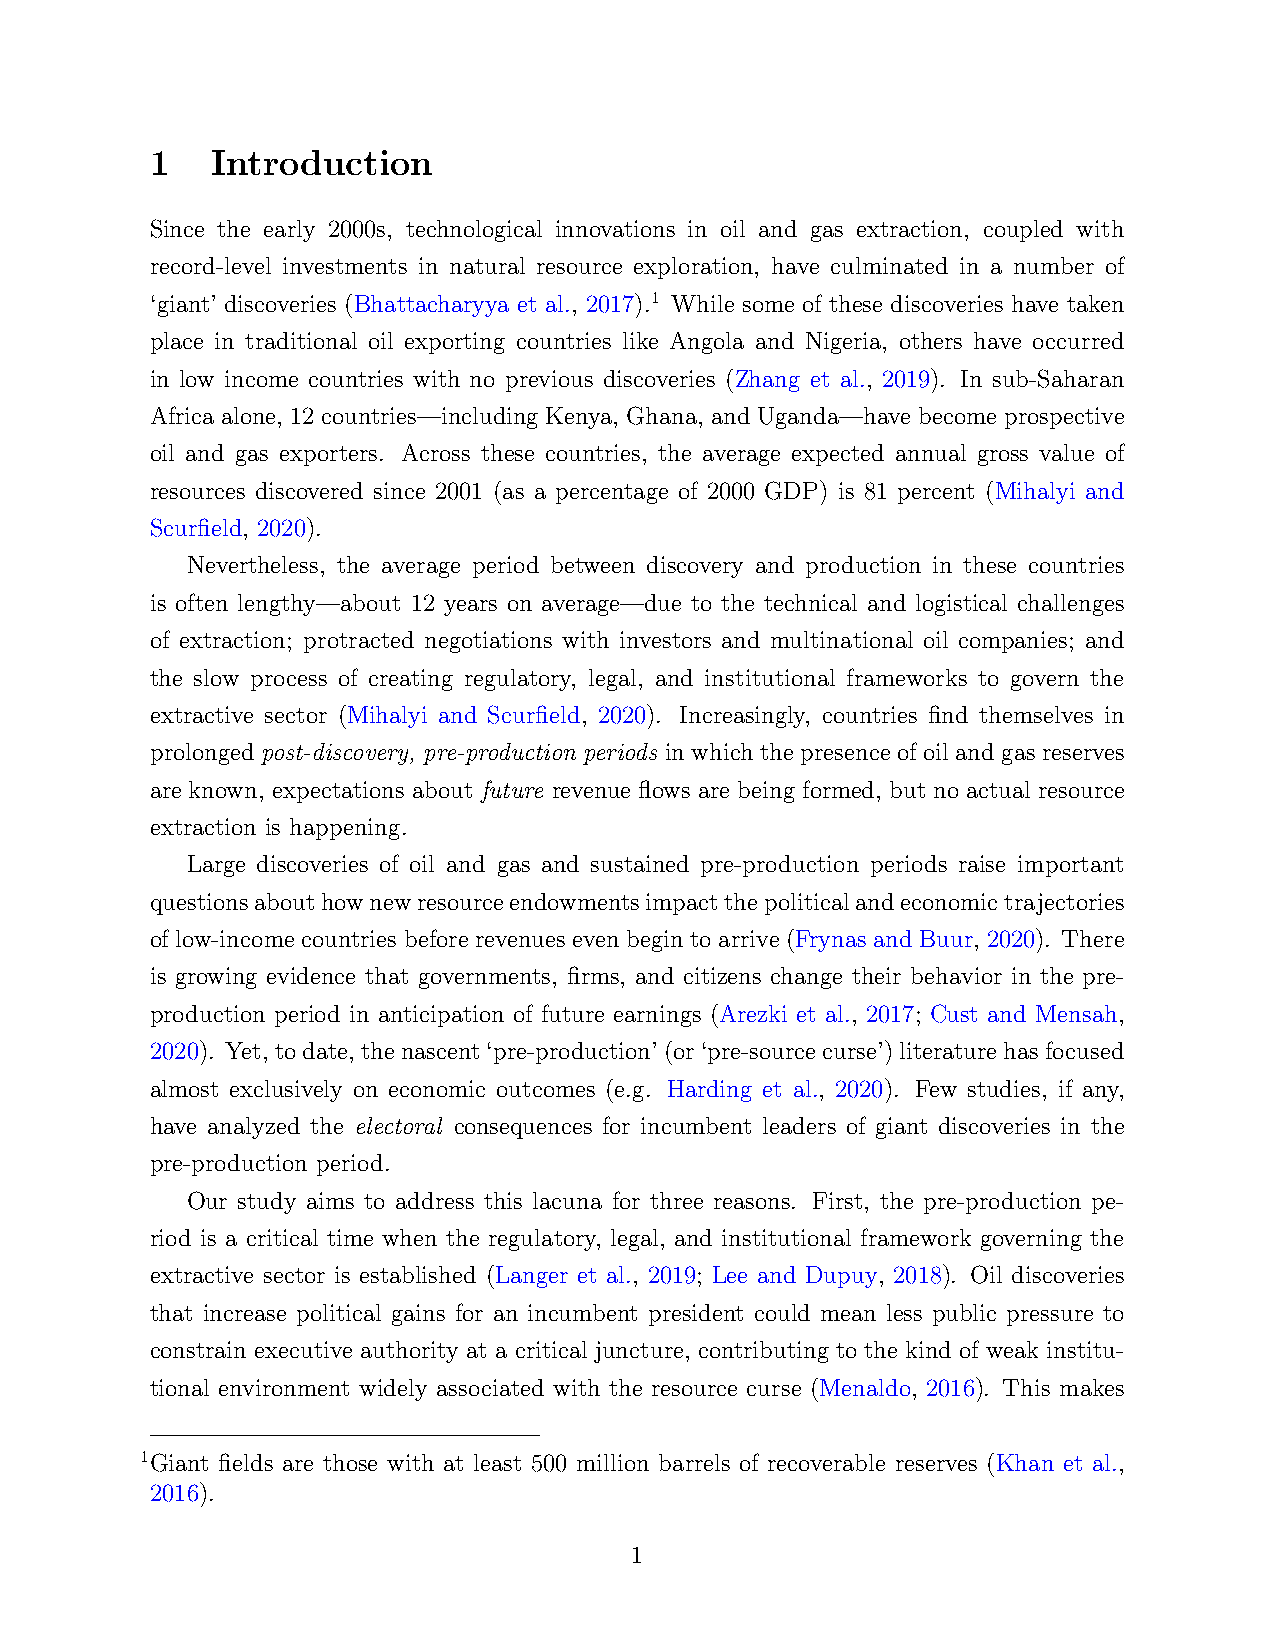
1   Introduction
 Since the early 2000s, technological innovations in oil and gas extraction, coupled with
 record-level investments in natural resource exploration, have culminated in a number of
 ‘giant’ discoveries (Bhattacharyya et al., 2017).1 While some of these discoveries have taken
 place in traditional oil exporting countries like Angola and Nigeria, others have occurred
 in low income countries with no previous discoveries (Zhang et al., 2019). In sub-Saharan
 Africa alone, 12 countries—including Kenya, Ghana, and Uganda—have become prospective
 oil and gas exporters. Across these countries, the average expected annual gross value of
 resources discovered since 2001 (as a percentage of 2000 GDP) is 81 percent (Mihalyi and
 Scurfield, 2020).
 Nevertheless, the average period between discovery and production in these countries
 is often lengthy—about 12 years on average—due to the technical and logistical challenges
 of extraction; protracted negotiations with investors and multinational oil companies; and
 the slow process of creating regulatory, legal, and institutional frameworks to govern the
 extractive sector (Mihalyi and Scurfield, 2020). Increasingly, countries find themselves in
 prolonged post-discovery, pre-production periods in which the presence of oil and gas reserves
 are known, expectations about future revenue flows are being formed, but no actual resource
 extraction is happening.
 Large discoveries of oil and gas and sustained pre-production periods raise important
 questionsabouthownewresourceendowmentsimpactthepoliticalandeconomictrajectories
 of low-income countries before revenues even begin to arrive (Frynas and Buur, 2020). There
 is growing evidence that governments, firms, and citizens change their behavior in the pre-
 production period in anticipation of future earnings (Arezki et al., 2017; Cust and Mensah,
 2020). Yet, todate, thenascent‘pre-production’(or‘pre-sourcecurse’)literaturehasfocused
 almost exclusively on economic outcomes (e.g. Harding et al., 2020). Few studies, if any,
 have analyzed the electoral consequences for incumbent leaders of giant discoveries in the
 pre-production period.
 Our study aims to address this lacuna for three reasons. First, the pre-production pe-
 riod is a critical time when the regulatory, legal, and institutional framework governing the
 extractive sector is established (Langer et al., 2019; Lee and Dupuy, 2018). Oil discoveries
 that increase political gains for an incumbent president could mean less public pressure to
 constrain executive authority at a critical juncture, contributing to the kind of weak institu-
 tional environment widely associated with the resource curse (Menaldo, 2016). This makes
 1Giant fields are those with at least 500 million barrels of recoverable reserves (Khan et al.,
 2016).
 1